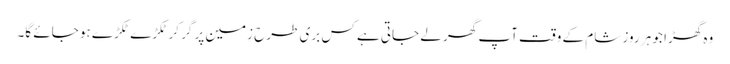
وہ گھڑا جو ہر روز شام کے وقت آپ گھر لے جاتی ہے کس بری طرح زمین پر گر کر ٹکڑے ٹکڑے ہو جائے گا۔